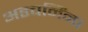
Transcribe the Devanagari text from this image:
अडचनिंना